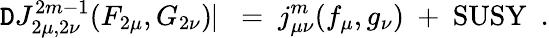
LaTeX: \mathtt{D}J_{2\mu,2\nu}^{2m-1}(F_{2\mu},G_{2\nu})\! \! \mid\ =\ j_{\mu\nu}^{m}(f_{\mu},g_{\nu})\ +\ \mathrm{{SUSY}}\ \ .